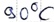
Text: 90°C